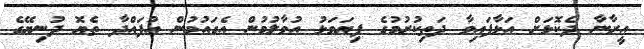
އީރާނާ ދެކޮޅަށް އަޅާފައިވާ ދަތިކުރުމުގެ ފިޔަވަޅު އުވާލުމުން އެގައުމުން އުފައްދާ ތެޔޮ ދުނިޔޭގެ